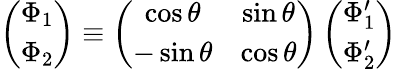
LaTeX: \left(\begin{array}{c}{{\Phi_{1}}}\\ {{\Phi_{2}}}\end{array}\right)\equiv\left(\begin{array}{cc}{{\cos\theta}}&{{\sin\theta}}\\ {{-\sin\theta}}&{{\cos\theta}}\end{array}\right)\left(\begin{array}{c}{{\Phi_{1}^{\prime}}}\\ {{\Phi_{2}^{\prime}}}\end{array}\right)